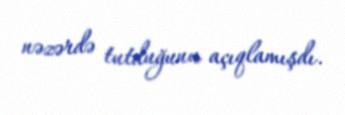
nəzərdə tutduğunu açıqlamışdı.